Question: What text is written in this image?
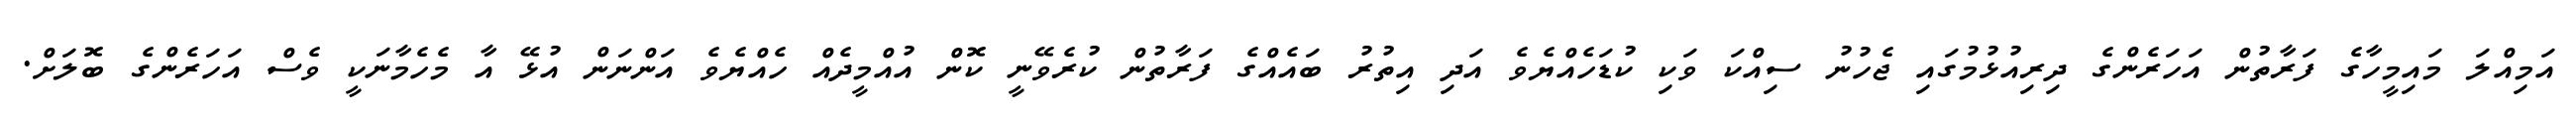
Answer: އަމިއްލަ މައިމީހާގެ ފަރާތުން އަހަރެންގެ ދިރިއުޅުމުގައި ޖެހުނު ސިއްކަ ވަކި ކުޑަހެއްޔެވެ އަދި އިތުރު ބައެއްގެ ފަރާތުން ކުރެވޭނީ ކޮން އުއްމީދެއް ހެއްޔެވެ އަންނަން އުޅޭ އާ މެހެމާނަކީ ވެސް އަހަރެންގެ ބޮލަށް.